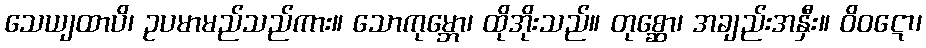
သေယျထာပိ၊ ဥပမာမည်သည်ကား။ သောကုမ္ဘော၊ ထိုအိုးသည်။ တုစ္ဆော၊ အချည်းအနှီး။ ဝိဝဋော၊